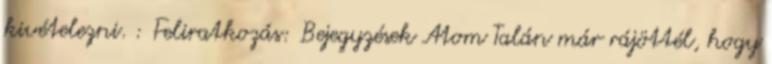
kivételezni. : Feliratkozás: Bejegyzések Atom Talán már rájöttél, hogy